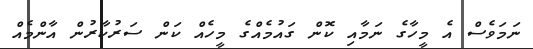
ނަމަވެސް އެ މީހާގެ ނަމާއި ކޮން ގައުމެއްގެ މީހެއް ކަން ސަރުކާރުން އާންމެއް